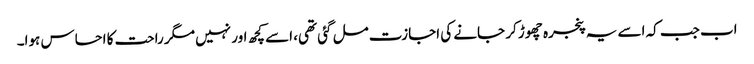
اب جب کہ اسے یہ پنجرہ چھوڑ کر جانے کی اجازت مل گئی تھی، اسے کچھ اور نہیں مگر راحت کا احساس ہوا۔